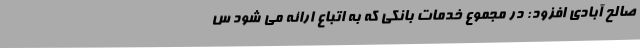
صالح آبادی افزود: در مجموع خدمات بانکی که به اتباع ارائه می شود س